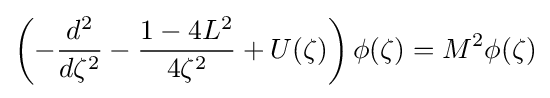
\left(-{\frac {d^{2}}{d\zeta ^{2}}}-{\frac {1-4L^{2}}{4\zeta ^{2}}}+U(\zeta )\right)\phi (\zeta )=M^{2}\phi (\zeta )